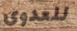
للعدوى